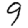
Digit: 9